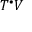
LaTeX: T ^ { \bullet } V